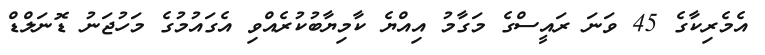
އެމެރިކާގެ 45 ވަނަ ރައީސްގެ މަގާމު އިއްޔެ ކާމިޔާބުކުރެއްވި އެގައުމުގެ މަހުޖަނު ޑޮނަލްޑް